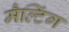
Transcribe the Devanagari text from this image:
मैल्टिंग